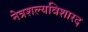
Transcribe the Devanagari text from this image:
नेत्रशल्यविशारद